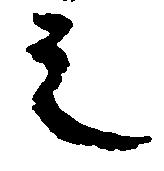
之